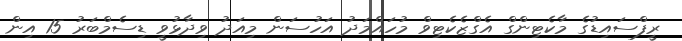
ރީފްސައިޑުގެ މާކެޓިންގް އެގްޒެކެޓިވް މުހައްމަދު އަހުސަން މިއަދު ވިދާޅުވީ ޑިސެމްބަރު 15 އިން